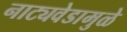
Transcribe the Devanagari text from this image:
नाट्यवेडामुळे